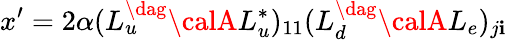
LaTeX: x^{\prime}=2\alpha(L_{u}^{\dag}{\calA}L_{u}^{*})_{11}(L_{d}^{\dag}{\calA}L_{e})_{j\mathbf{i}}